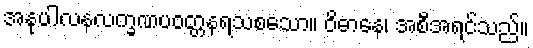
အနုပါလနလက္ခဏပဝတ္တနရသစသော။ ဝိဓာနေ၊ အစီအရင်သည်။